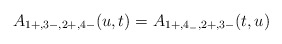
\begin{align*}\hspace{-5cm}A_{1+, 3-,2+,4-}(u,t)=A_{1+,4_-, 2+,3-}(t,u)\end{align*}